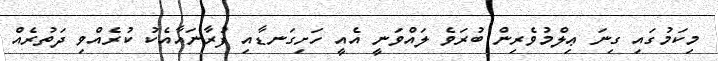
މިކަމުގައި ގިނަ ޢިލްމުވެރިން ބުރަވެ ލައްވަނީ އެއީ ހަށިގަނޑާއި ފުރާނައާއެކު ކުރެއްވި ދަތުރެއް